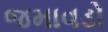
જમાવડો